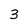
Character: 3